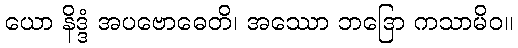
ယော နိဒ္ဒံ အပဗောဓေတိ၊ အဿော ဘဒြော ကသာမိဝ။